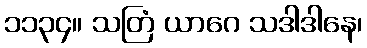
၁၁၃၄။ သတြံ ယာဂေ သဒါဒါနေ၊